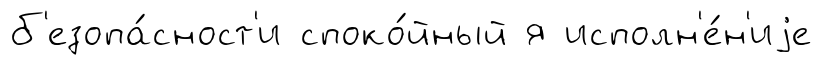
б'езопа́сност'и споко́йный я исполн'е́н'иjе